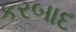
કરબાદ